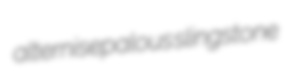
alternisepalous slingstone